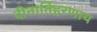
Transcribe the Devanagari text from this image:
दीनार्तिहरणाय